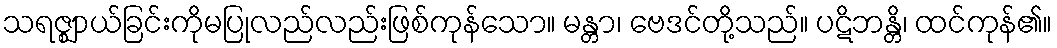
သရဇ္ဈာယ်ခြင်းကိုမပြုလည်လည်းဖြစ်ကုန်သော။ မန္တာ၊ ဗေဒင်တို့သည်။ ပဋိဘန္တိ၊ ထင်ကုန်၏။